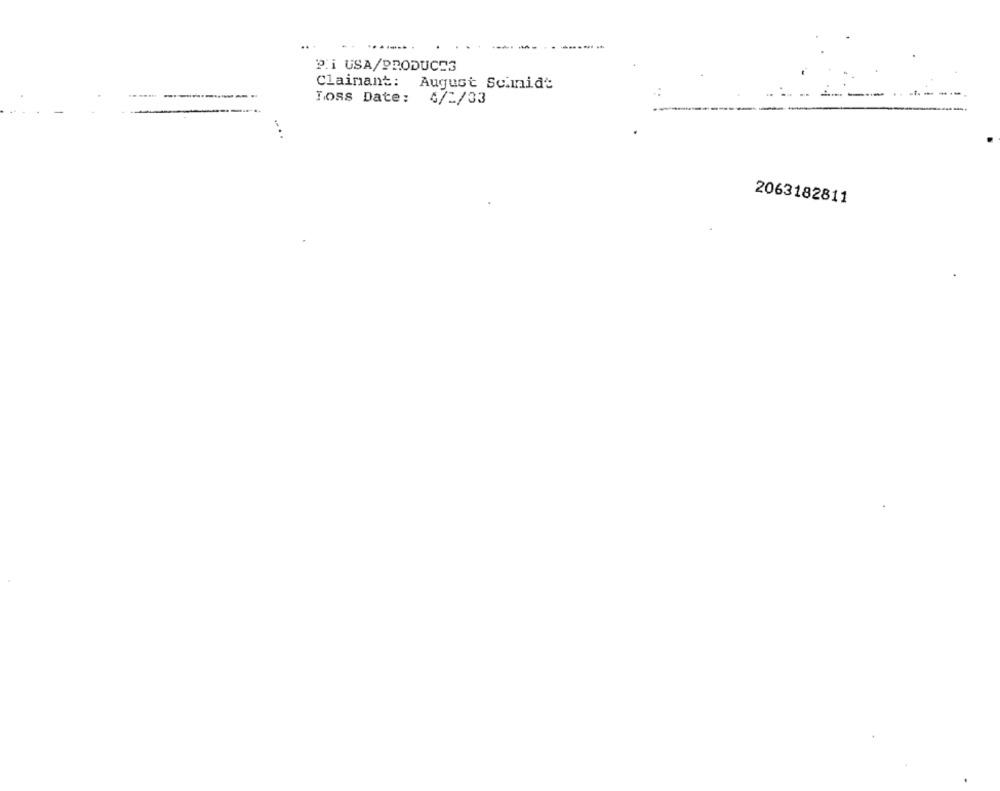
...
....... .
-----
P.i USA/PRODUCES
Claimant: August Schmidt
Loss Date: 4/2/33
2063182811